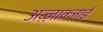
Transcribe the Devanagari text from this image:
अज़्ज़ाक्ज़ाई